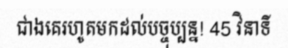
ជាងគេរហូតមកដល់បច្ចុប្បន្ន! 45 វិនាទី